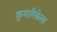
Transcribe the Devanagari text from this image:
कुमारिकेला